Indian journal of veterinary science and animal husbandry - Volume 6,
Year: 1936
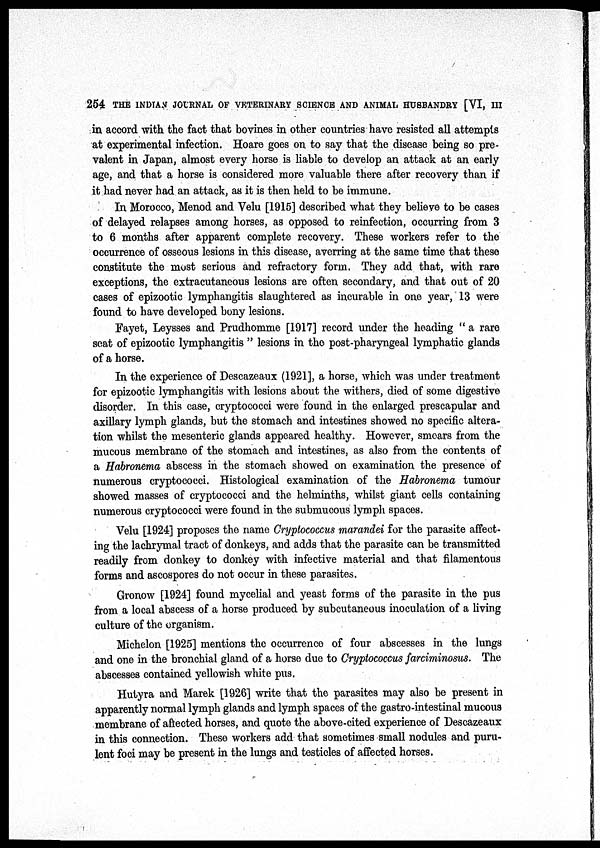
254 THE INDIAN JOURNAL OF VETERINARY SCIENCE AND ANIMAL HUSBANDRY [VI, III
in accord with the fact that bovines in other countries have resisted all attempts
at experimental infection. Hoare goes on to say that the disease being so pre-
valent in Japan, almost every horse is liable to develop an attack at an early
age, and that a horse is considered more valuable there after recovery than if
it had never had an attack, as it is then held to be immune.
In Morocco, Menod and Velu [1915] described what they believe to be cases
of delayed relapses among horses, as opposed to reinfection, occurring from 3
to 6 months after apparent complete recovery. These workers refer to the
occurrence of osseous lesions in this disease, averring at the same time that these
constitute the most serious and refractory form. They add that, with rare
exceptions, the extracutaneous lesions are often secondary, and that out of 20
cases of epizootic lymphangitis slaughtered as incurable in one year, 13 were
found to have developed bony lesions.
Fayet, Leysses and Prudhomme [1917] record under the heading " a rare
seat of epizootic lymphangitis " lesions in the post-pharyngeal lymphatic glands
of a horse.
In the experience of Descazeaux (1921], a horse, which was under treatment
for epizootic lymphangitis with lesions about the withers, died of some digestive
disorder. In this case, cryptococci were found in the enlarged prescapular and
axillary lymph glands, but the stomach and intestines showed no specific altera-
tion whilst the mesenteric glands appeared healthy. However, smears from the
mucous membrane of the stomach and intestines, as also from the contents of
a Habronema abscess in the stomach showed on examination the presence of
numerous cryptococci. Histological examination of the Habronema tumour
showed masses of cryptococci and the helminths, whilst giant cells containing
numerous cryptococci were found in the submucous lymph spaces.
Velu [1924] proposes the name Cryptococcus marandei for the parasite affect-
ing the lachrymal tract of donkeys, and adds that the parasite can be transmitted
readily from donkey to donkey with infective material and that filamentous
forms and ascospores do not occur in these parasites.
Gronow [1924] found mycelial and yeast forms of the parasite in the pus
from a local abscess of a horse produced by subcutaneous inoculation of a living
culture of the organism.
Michelon [1925] mentions the occurrence of four abscesses in the lungs
and one in the bronchial gland of a horse due to Cryptococcus farciminosus. The
abscesses contained yellowish white pus.
Hutyra and Marek [1926] write that the parasites may also be present in
apparently normal lymph glands and lymph spaces of the gastro-intestinal mucous
membrane of affected horses, and quote the above-cited experience of Descazeaux
in this connection. These workers add that sometimes small nodules and puru-
lent foci may be present in the lungs and testicles of affected horses.